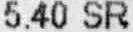
5.40 SR